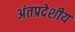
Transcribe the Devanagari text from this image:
अंतप्रदेशीय